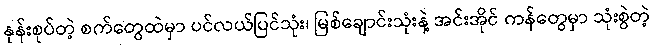
နုန်းစုပ်တဲ့ စက်တွေထဲမှာ ပင်လယ်ပြင်သုံး၊ မြစ်ချောင်းသုံးနဲ့ အင်းအိုင် ကန်တွေမှာ သုံးစွဲတဲ့